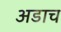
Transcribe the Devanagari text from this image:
अडाच